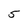
Character: 5